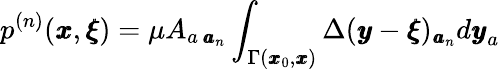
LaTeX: p^{(n)}({\pmb x},{\pmb\xi})=\mu A_{a\, {\pmb a}_{n}}\int_{\Gamma({\pmb x}_{0},{\pmb x})}\Delta({\pmb y}-{\pmb\xi})_{{\pmb a}_{n}}d{\pmb y}_{a}